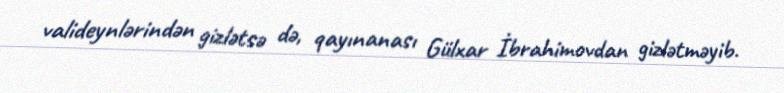
valideynlərindən gizlətsə də, qayınanası Gülxar İbrahimovdan gizlətməyib.